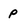
Character: p